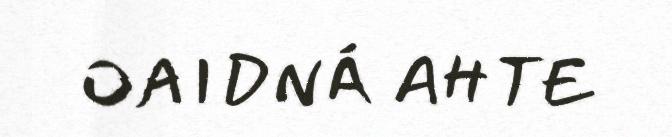
OAIDNÁ AHTE